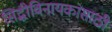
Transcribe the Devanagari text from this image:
सिद्धीविनायकासाठी